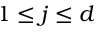
1 \leq j \leq d